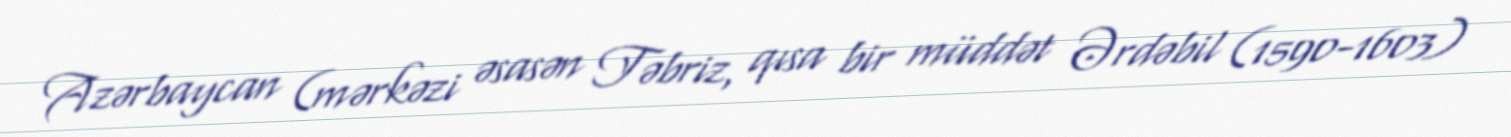
Azərbaycan (mərkəzi əsasən Təbriz, qısa bir müddət Ərdəbil (1590-1603)